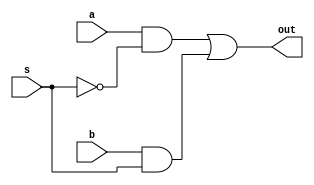
module mux2to1_df1(a, b, s, out);
    input a, b, s;
    output out;
    wire sbar;
    assign sbar = ~s;
    assign out = (a&sbar) | (b&s);
endmodule